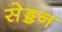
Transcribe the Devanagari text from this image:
सेड्डन